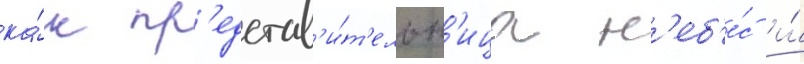
ка́к пр'едстав'и́т'ельн'ица н'еб'е́с и́